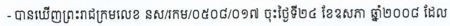
- បានឃើញព្រះរាជក្រមលេខ នស/រកម/០៥០៨/០១៧ ចុះថ្ងៃទី២៤ ខែឧសភា ឆ្នាំ២០០៨ ដែល